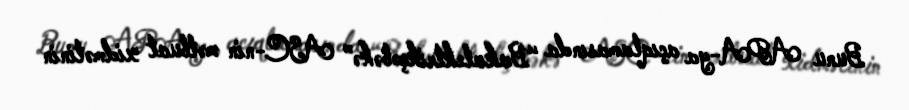
Bunu APA-ya açıqlamasında “Bakıelektrikşəbəkə” ASC-nin mətbuat xidmətinin